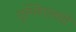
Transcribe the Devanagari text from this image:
गुग्लिएलमो